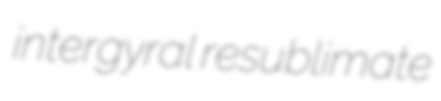
intergyral resublimate